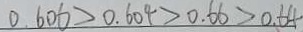
0 . 6 0 6 > 0 . 6 0 4 > 0 . 6 6 > 0 . 6 4